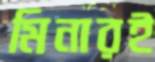
মিনারই